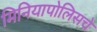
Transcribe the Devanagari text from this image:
मिनियापोलिसचे